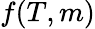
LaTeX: f(T,m)